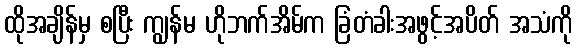
ထိုအချိန်မှ စပြီး ကျွန်မ ဟိုဘက်အိမ်က ခြံတံခါးအဖွင့်အပိတ် အသံကို